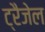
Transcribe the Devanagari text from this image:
ट्रैजेल